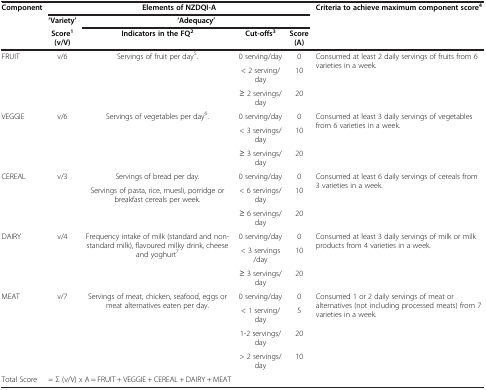
<table><thead><tr><td><b>Component</b></td><td colspan="4"><b>Elements of NZDQI-A</b></td><td><b>Criteria to achieve maximum component score<sup>4</sup></b></td></tr><tr><td><b> </b></td><td><b>‘Variety’</b></td><td colspan="3"><b>‘Adequacy’</b></td><td><b> </b></td></tr><tr><td><b> </b></td><td><b>Score<sup>1 </sup>(v/V)</b></td><td><b>Indicators in the FQ<sup>2</sup></b></td><td><b>Cut-offs<sup>3</sup></b></td><td><b>Score (A)</b></td><td><b> </b></td></tr></thead><tbody><tr><td rowspan="3">FRUIT</td><td rowspan="3">v/6</td><td rowspan="3">Servings of fruit per day<sup>5</sup>.</td><td>0 serving/day</td><td>0</td><td rowspan="3">Consumed at least 2 daily servings of fruits from 6 varieties in a week.</td></tr><tr><td>&lt; 2 serving/day</td><td>10</td></tr><tr><td>≥ 2 servings/day</td><td>20</td></tr><tr><td rowspan="3">VEGGIE</td><td rowspan="3">v/6</td><td rowspan="3">Servings of vegetables per day<sup>6</sup>.</td><td>0 serving/day</td><td>0</td><td rowspan="3">Consumed at least 3 daily servings of vegetables from 6 varieties in a week.</td></tr><tr><td>&lt; 3 servings/day</td><td>10</td></tr><tr><td>≥ 3 servings/day</td><td>20</td></tr><tr><td rowspan="3">CEREAL</td><td rowspan="3">v/3</td><td>Servings of bread per day.</td><td>0 serving/day</td><td>0</td><td rowspan="3">Consumed at least 6 daily servings of cereals from 3 varieties in a week.</td></tr><tr><td rowspan="2">Servings of pasta, rice, muesli, porridge or breakfast cereals per week.</td><td>&lt; 6 servings/day</td><td>10</td></tr><tr><td>≥ 6 servings/day</td><td>20</td></tr><tr><td rowspan="3">DAIRY</td><td rowspan="3">v/4</td><td rowspan="3">Frequency intake of milk (standard and non-standard milk), flavoured milky drink, cheese and yoghurt<sup>7</sup></td><td>0 serving/day</td><td>0</td><td rowspan="3">Consumed at least 3 daily servings of milk or milk products from 4 varieties in a week.</td></tr><tr><td>&lt; 3 servings /day</td><td>10</td></tr><tr><td>≥ 3 servings/day</td><td>20</td></tr><tr><td rowspan="4">MEAT</td><td rowspan="4">v/7</td><td rowspan="4">Servings of meat, chicken, seafood, eggs or meat alternatives eaten per day.</td><td>0 serving/day</td><td>0</td><td rowspan="4">Consumed 1 or 2 daily servings of meat or alternatives (not including processed meats) from 7 varieties in a week.</td></tr><tr><td>&lt; 1 serving/day</td><td>5</td></tr><tr><td>1-2 servings/day</td><td>20</td></tr><tr><td>&gt; 2 servings/day</td><td>10</td></tr><tr><td>Total Score</td><td colspan="5">= Σ (v/V) x A = FRUIT + VEGGIE + CEREAL + DAIRY + MEAT</td></tr></tbody></table>